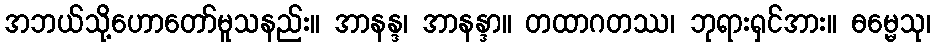
အဘယ်သို့ဟောတော်မူသနည်း။ အာနန္ဒ၊ အာနန္ဒာ။ တထာဂတဿ၊ ဘုရားရှင်အား။ ဓမ္မေသု၊